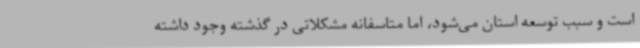
است و سبب توسعه استان می‌شود، اما متاسفانه مشکلاتی در گذشته وجود داشته